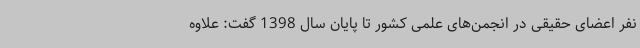
نفر اعضای حقیقی در انجمن‌های علمی کشور تا پایان سال 1398 گفت: علاوه